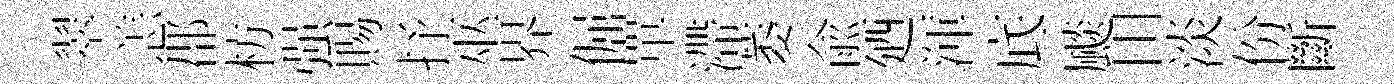
翠恙郡枋强賜抒巫界倔單滯萎兪廼渾底颷田淡份斷